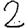
Digit: 2